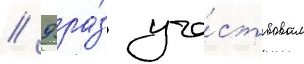
// 9 ра́з уча́ствовал